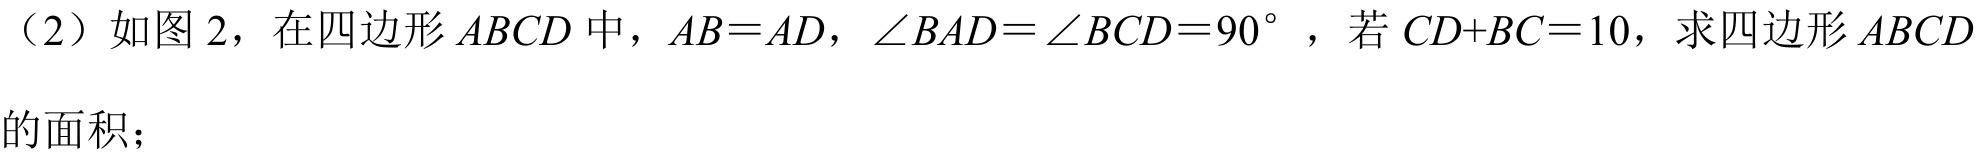
（2）如图 2，在四边形 \(ABCD\) 中，\(AB = AD\)，\(\angle BAD=\angle BCD = 90^{\circ}\)，若 \(CD + BC = 10\)，求四边形 \(ABCD\) 的面积；